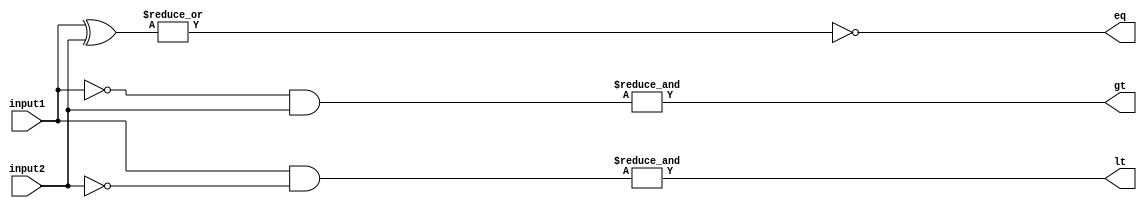
module comparator(
    input [15:0] input1,
    input [15:0] input2,
    output gt,
    output eq,
    output lt
);

wire [15:0] eq_result, gt_result, lt_result;

assign eq_result = ~| (input1 ^ input2);
assign gt_result = &((~input1) & input2);
assign lt_result = &((input1) & ~input2);

assign eq = eq_result[0];
assign gt = gt_result[0];
assign lt = lt_result[0];

endmodule